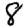
Digit: 8